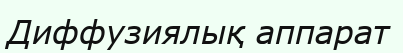
Диффузиялық аппарат